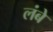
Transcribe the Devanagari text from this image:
लंबे